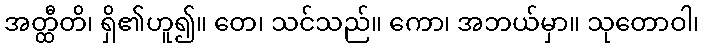
အတ္ထီတိ၊ ရှိ၏ဟူ၍။ တေ၊ သင်သည်။ ကော၊ အဘယ်မှာ။ သုတောဝါ၊